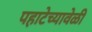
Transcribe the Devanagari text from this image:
पहाटेच्यावेळी